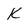
Character: k